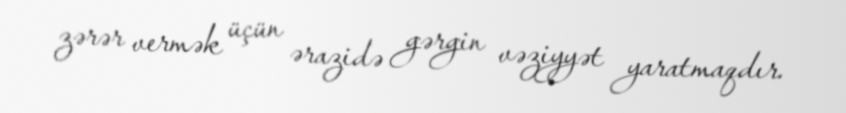
zərər vermək üçün ərazidə gərgin vəziyyət yaratmaqdır.